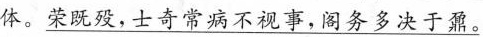
\underline{体。荣既帝以为，士奇常病不视事，阁务多决于鼐。}